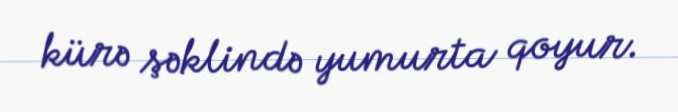
kürə şəklində yumurta qoyur.